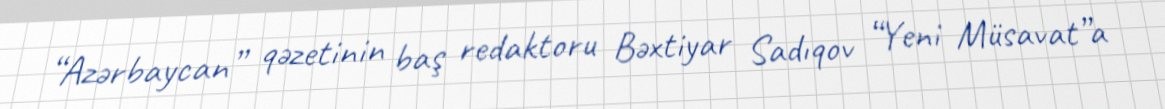
“Azərbaycan” qəzetinin baş redaktoru Bəxtiyar Sadıqov “Yeni Müsavat”a